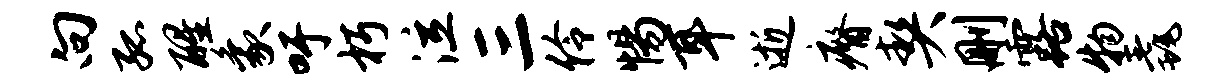
向孤醒象吁朽泣三伶惕耳逝瘠契删露物毳